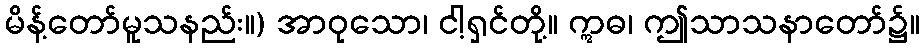
မိန့်တော်မူသနည်း။) အာဝုသော၊ ငါ့ရှင်တို့။ ဣဓ၊ ဤသာသနာတော်၌။